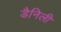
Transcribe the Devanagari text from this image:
डैनिली